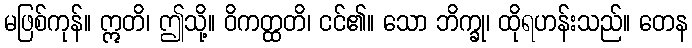
မဖြစ်ကုန်။ ဣတိ၊ ဤသို့။ ဝိကတ္ထတိ၊ ငင်၏။ သော ဘိက္ခု၊ ထိုရဟန်းသည်။ တေန